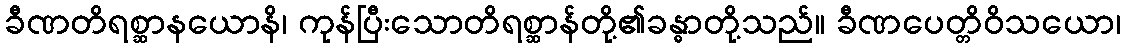
ခီဏတိရစ္ဆာနယောနိ၊ ကုန်ပြီးသောတိရစ္ဆာန်တို့၏ခန္ဓာတို့သည်။ ခီဏပေတ္တိဝိသယော၊